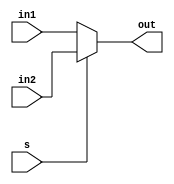
module Mux2x1(out,in1,in2,s) ;

output reg [1:0] out ;
input [1:0] in1,in2 ;
input s ;

always@(in1,in2,s)
begin 
	if(s == 0) 
		out = in1 ;
	else if(s == 1) 
		out = in2 ;
	else 
		out = 2'bxx ;
end

endmodule 

module Or(out,a,b) ;

output out ;
input a,b ;

or(out,a,b) ;

endmodule 

module Xor(out,a,b) ;

output out ;
input a,b ;
wire x,y,z ; 

nand(x,a,b) ;
nand(y,a,x) ;
nand(z,b,x) ;
nand(out,y,z) ;

endmodule 

module PEncoder(out,used,in1,in2,in3,in4) ;

output reg [1:0] out ;
output reg used ;
input in1 ,in2 ,in3 ,in4 ;

initial
begin
	used = 0 ;
end

always @(in1,in2,in3,in4)
begin
	if({in1,in2,in3,in4} != 0) 
		used = 1 ; 
	else 
		used = 0 ;
	if (in1== 1)
		out = 0 ;
	else if(in2 == 1) 
		out = 1 ;
	else if(in3 == 1)
		out = 2 ;
	else if(in4 == 1)
		out = 3 ;
	else 
		out = 2'bxx ;
end

endmodule

module Decoder(o1,o2,o3,o4,in) ;

output reg o1,o2,o3,o4 ;
input [1:0] in ;

always @(in)
begin
	if(in == 0)
	begin 
		o1 = 1 ;
		o2 = 0 ;
		o3 = 0 ;
		o4 = 0 ;
	end 
	if(in == 1)
	begin 
		o1 = 0 ;
		o2 = 1 ;
		o3 = 0 ;
		o4 = 0 ;
	end 
	if(in == 2)
	begin 
		o1 = 0 ;
		o2 = 0 ;
		o3 = 1 ;
		o4 = 0 ;
	end 
	if(in == 3)
	begin 
		o1 = 0 ;
		o2 = 0 ;
		o3 = 0 ;
		o4 = 1 ;
	end 
end

endmodule

module TimerIC(clk,reset,mode,BoardSelect) ;

output reg [1:0] BoardSelect ;
output reg mode ;
input clk ;
input reset ;
reg [5:0] TClock ;

initial 
begin
	TClock = 0 ;
	mode = 1 ;
	BoardSelect = 0 ;
end

always @(posedge clk,reset) 
begin 
	if(reset==1)
		TClock = 0 ;
	if(TClock%32==31)
		BoardSelect = BoardSelect + 1 ;
	if(TClock%16==15)
		mode =~ mode ;
	TClock = TClock + 1 ;
end
endmodule

module Segment7(Out, In);

output reg [13:0] Out;
input [3:0] In;
reg [3:0] temp;

always@(In)
begin
	if(In<10)
	begin
		Out[13:7] = 7'b1111110;
	end
	if(In>=10)
	begin 
		Out[13:7] = 7'b0110000;
	end
end

always@(In)
begin
	if(In>=10)
		temp = In-14'b1010;
	else
		temp = In;
end

always@(temp)
begin
	if(temp == 0)
	begin
		Out[6:0] = 7'b1111110;
	end
	if(temp == 1)
	begin
		Out[6:0] = 7'b0110000;
	end
	if(temp == 2)
	begin
		Out[6:0] = 7'b1101101;
	end
	if(temp == 3)
	begin
		Out[6:0] = 7'b1111001;
	end
	if(temp == 4)
	begin
		Out[6:0] = 7'b0110011;
	end
	if(temp == 5)
	begin
		Out[6:0] = 7'b1011011;
	end
	if(temp == 6)
	begin
		Out[6:0] = 7'b1011111;
	end
	if(temp == 7)
	begin
		Out[6:0] = 7'b1110000;
	end
	if(temp == 8)
	begin
		Out[6:0] = 7'b1111111;
	end
	if(temp == 9)
	begin
		Out[6:0] = 7'b1110011;
	end
end	
endmodule

module LightBoard(enable,mode,mode_out,out) ;

output reg mode_out ;
output reg [4:0] out ;
input enable ;
input mode ;

initial 
begin
	mode_out = 0 ;
end

always@(mode) 
begin
	mode_out = 0 ; 
	if(enable==0)
		out = 5'b10100 ;
	else if(enable == 1 )
	begin
		mode_out = mode ;
		if(mode==1)
			out = 5'b00111 ; 
		else 
			out = 5'b00110 ;
		# 24 ; 
		out[3] = 1 ;  // Red Orange LeftGreen FrontGreen RightGreen
	end
end

endmodule

module TrafficSignal(clk,outF,outR,outB,outL,imgDataOut,display,imgData,active,p,e) ;

output reg [3071:0] imgDataOut ;
output [13:0] display ;
output reg active ;
input clk ;
input [3071:0] imgData ;
input [3:0] p ,e ;


wire [1:0] BoardSelect,lo,lout,eo,eout ;
wire [3:0] o,S,mode_out ;
output [4:0] outF,outL,outR,outB ;
wire mode ;
reg reset ;
reg [3:0] ti ;

TimerIC T(clk,reset,mode,BoardSelect) ; 

PEncoder Load(lo,priority,p[0],p[1],p[2],p[3]) ;      // Mux out , in1 , in2 , s
Mux2x1 Lm(lout,BoardSelect,lo,priority) ;

PEncoder Emer(eo,emergency,e[0],e[1],e[2],e[3]) ;     // out , use , in1 , in2 ,in3 , in4  
Mux2x1 Em(eout,lout,eo,emergency) ;

Decoder D_(o[0],o[1],o[2],o[3],eout) ; 			// out1 , out2 , out3 , out4 , input 

Or o1(S[0],o[0],mode_out[2]) ;   				// out , in1 , in2 
Or o2(S[1],o[1],mode_out[3]) ; 
Or o3(S[2],o[2],mode_out[0]) ;
Or o4(S[3],o[3],mode_out[1]) ;

LightBoard B(S[0],mode,mode_out[0],outB) ; 		// enable , mode , mode_out , out 
LightBoard L(S[1],mode,mode_out[1],outL) ; 
LightBoard F(S[2],mode,mode_out[2],outF) ; 
LightBoard R(S[3],mode,mode_out[3],outR) ; 

Segment7 disp(display,ti) ;

always@(mode,priority,emergency)
begin
	if(priority==1'b1||emergency==1'b1)
	begin
		ti = 0 ;
		reset = 1 ;
	end
	else
	begin
		reset = 0 ;
		for(ti=15;ti>=0;ti=ti-1)
			#2 ;
	end
end

initial
begin
	reset = 0 ;
	active = 0 ;
end

always@(imgData)
begin
	imgDataOut = imgData ;
	active = 1 ; #1 ;
	active = 0 ; 
end

endmodule 

module TrafficSystem(clk,imgDataIn1 ,imgDataIn2 ,imgDataIn3 ,imgDataIn4 ,imgDataIn5,signal,algo,ans) ;

input clk ;
input [3071:0] imgDataIn1 ,imgDataIn2 ,imgDataIn3 ,imgDataIn4 ,imgDataIn5   ;
input [4:0] signal ;
input [2:0] algo ;
output reg [14:0] ans ;

integer mainClock ;

integer i ;
integer j ;
integer pix ;

reg [18:0] TimeCrossed [4:0][1023:0] ;
reg [14:0] Violations [1023:0] ; 
reg [14:0] RAM [4:0][1023:0] ;
reg [1023:0] imgData ;
reg [1:0] p ;
reg crossed ;

integer ramCounter [4:0] ;
integer Density [4:0] ;
integer simSI [25:0] ;
integer FViolation ;
integer FDensity ;
integer vCounter ;
integer pTime ;
integer board ;
integer diff ;
integer maxi ;
integer Fin_ ;
integer Fin ;
integer max ;

reg [1023:0] similarXor [260:0] ;
reg [1023:0] SampleSI [25:0] ; 
reg [1023:0] Sample [260:0] ;
reg [11:0] similar [260:0] ;
reg [127:0] sector [3:0] ;
reg [127:0] sec [3:0] ;
reg [1023:0] maXor ;

always@(posedge clk)
begin
	mainClock = mainClock + 1 ;
	if(mainClock%86400==0)
		$fwrite(FDensity,"%d %d %d %d %d",Density[0],Density[1],Density[2],Density[3],Density[4]) ;
end

initial 
begin 
	FViolation = $fopen("Violations.txt","w") ;
	FDensity = $fopen("Density.txt","w") ;
	mainClock = 0 ;
	pTime = 0 ;
	vCounter = 0 ;
	ans = 0 ;
	p = 0 ;
	for(i=0;i<5;i=i+1)
		ramCounter[i] = 0 ;
	Fin = $fopen("Samples/pixelArrayInputFile.txt","r") ;
	if (Fin==0)
	begin
    		$display("data_file handle was NULL");
    		$finish;
	end
	for(i=0;i<260;i=i+1)
	begin 
		Fin_ = $fscanf(Fin,"%b",Sample[i]) ;
	end
	for(i=0;i<26;i=i+1)
		SampleSI[i] = 0 ;
	for(i=0;i<26;i=i+1)
		for(j=0;j<10;j=j+1)
		begin
			for(pix=0;pix<1024;pix=pix+1)
				if(Sample[i*10+j][pix]==1)
					SampleSI[i][pix] = 1 ;
		end
end

always@(imgDataIn1 ,imgDataIn2 ,imgDataIn3 ,imgDataIn4 ,imgDataIn5) 
begin 
	if(signal==5'b10000)
	begin
		board = 4 ;
		#1 ; p = 1 ; imgData = imgDataIn5[3071:2048] ; 
		#1 ; p = 2 ; imgData = imgDataIn5[2047:1024] ;
		#1 ; p = 3 ; imgData = imgDataIn5[1023:0] ;
	end
	if(signal==5'b01000)
	begin
		board = 3 ;
		#1 ; p = 1 ; imgData = imgDataIn4[3071:2048] ;
		#1 ; p = 2 ; imgData = imgDataIn4[2047:1024] ; 
		#1 ; p = 3 ; imgData = imgDataIn4[1023:0] ;
	end
	if(signal==5'b00100)
	begin
		board = 2 ;
		#1 ; p = 1 ; imgData = imgDataIn3[3071:2048] ; 
		#1 ; p = 2 ; imgData = imgDataIn3[2047:1024] ; 
		#1 ; p = 3 ; imgData = imgDataIn3[1023:0] ;
	end
	if(signal==5'b00010)
	begin
		board = 1 ;
		#1 ; p = 1 ; imgData = imgDataIn2[3071:2048] ; 
		#1 ; p = 2 ; imgData = imgDataIn2[2047:1024] ; 
		#1 ; p = 3 ; imgData = imgDataIn2[1023:0] ;
	end
	if(signal==5'b00001)
	begin
		board = 0 ;
		#1 ; p = 1 ; imgData = imgDataIn1[3071:2048] ; 
		#1 ; p = 2 ; imgData = imgDataIn1[2047:1024] ; 
		#1 ; p = 3 ; imgData = imgDataIn1[1023:0] ;
	end
end

// Changes Made After Evaluation

// Added 5 More Recognition Algorithms 
// Cases 1-5 are the said Algorithms
// They can be selected as per user need 
// using select line algo 

always@(p)
begin
	crossed = 0 ;
	for(i=0;i<260;i=i+1)
	begin
		similar[i] = 0 ;
		similarXor[i] = 0 ;
	end
	case(algo)
	3'b000 :
		begin
		for(i=0;i<260;i=i+1)
			for(j=0;j<1024;j=j+1)
			begin
				if(Sample[i][j] == imgData[j])
					similar[i] = similar[i] + 1 ;
			end
		max = 0 ;
		maxi = 0 ;
		for(i=0;i<260;i=i+1)
			if(similar[i]>max)
			begin 
				max = similar[i] ;
				maxi = i ;
			end
		if(p==1)
			ans[4:0] = maxi/10 + 1 ;
		else if(p==2)
			ans[9:5] = maxi/10 + 1 ;
		else if(p==3) 
			ans[14:10] = maxi/10 + 1 ;
		end
	3'b001 :
		begin
			sec[0] = 0 ;
			sec[1] = 0 ; 
			sec[2] = 0 ;
			sec[3] = 0 ;
			sector[3] = imgData[895:768] ;
			sector[2] = imgData[639:512] ;
			sector[1] = imgData[381:256] ;
			sector[0] = imgData[127:0] ;
			for(i=0;i<260;i=i+1)
			begin
				for(j=0;j<128;j=j+1)
				begin
					if(Sample[i][j] == sector[0][j])
						sec[0] = sec[0] + 1 ;
					if(Sample[i][j+256] == sector[1][j])
						sec[1] = sec[1] + 1 ;
					if(Sample[i][j+512] == sector[2][j])
						sec[2] = sec[2] + 1 ;
					if(Sample[i][j+768] == sector[3][j])
						sec[3] = sec[3] + 1 ;
				end
				similar[i] = sec[0]+sec[1]+sec[2]+sec[3] ;
			end
			max = 0 ;
			maxi = 0 ;
			for(i=0;i<260;i=i+1)
				if(similar[i]>max)
				begin 
					max = similar[i] ;
					maxi = i ;
				end
			if(p==1)
				ans[4:0] = maxi ;
			else if(p==2)
				ans[9:5] = maxi ;
			else if(p==3) 
				ans[14:10] = maxi ;
		end
	3'b010 :
		begin
		for(i=0;i<26;i=i+1)
			for(j=0;j<1024;j=j+1)
			begin
				if(SampleSI[i][j] == imgData[j])
					similar[i] = similar[i] + 1 ;
			end
		max = 0 ;
		maxi = 0 ;
		for(i=0;i<26;i=i+1)
			if(similar[i]>max)
			begin 
				max = similar[i] ;
				maxi = i ;
			end
		if(p==1)
			ans[4:0] = maxi ;
		else if(p==2)
			ans[9:5] = maxi ;
		else if(p==3) 
			ans[14:10] = maxi ;
		end
	3'b011 :
		begin
			for(i=0;i<260;i=i+1)
			begin
				similarXor[i] = imgData^Sample[i] ;
				similarXor[i] = ~similarXor[i] ;
			end
			maXor = 0 ;
			maxi = 0 ;
			for(i=0;i<260;i=i+1)
				if(similar[i]>maXor)
				begin 
					maXor = similar[i] ;
					maxi = i ;
				end
			if(p==1)
				ans[4:0] = maxi/10 + 1 ;
			else if(p==2)
				ans[9:5] = maxi/10 + 1 ;
			else if(p==3) 
				ans[14:10] = maxi/10 + 1 ;
		end
	3'b100 :
		begin
			sec[0] = 0 ;
			sec[1] = 0 ; 
			sec[2] = 0 ;
			sec[3] = 0 ;
			sector[3] = imgData[895:768] ;
			sector[2] = imgData[639:512] ;
			sector[1] = imgData[381:256] ;
			sector[0] = imgData[127:0] ;
			for(i=0;i<260;i=i+1)
			begin
				sec[0] = Sample[i][127:0]^sector[0] ;
				sec[0] = ~sec[0] ;
				sec[1] = Sample[i][381:256]^sector[1] ;
				sec[1] = ~sec[1] ;
				sec[2] = Sample[i][639:512]^sector[2] ;
				sec[2] = ~sec[2] ;
				sec[3] = Sample[i][895:768]^sector[3] ;
				sec[3] = ~sec[3] ;
				similar[i] = sec[0]+sec[1]+sec[2]+sec[3] ;
			end
			max = 0 ;
			maxi = 0 ;
			for(i=0;i<260;i=i+1)
				if(similar[i]>max)
				begin 
					max = similar[i] ;
					maxi = i ;
				end
			if(p==1)
				ans[4:0] = maxi ;
			else if(p==2)
				ans[9:5] = maxi ;
			else if(p==3) 
				ans[14:10] = maxi ;
		end
	3'b101 :
		begin
			for(i=0;i<26;i=i+1)
			begin
				similarXor[i] = imgData^SampleSI[i] ;
				similarXor[i] = ~similarXor[i] ;
			end
			maXor = 0 ;
			maxi = 0 ;
			for(i=0;i<26;i=i+1)
				if(similar[i]>maXor)
				begin 
					maXor = similar[i] ;
					maxi = i ;
				end
			if(p==1) 
				ans[4:0] = maxi ;
			else if(p==2)
				ans[9:5] = maxi ;
			else if(p==3) 
				ans[14:10] = maxi ;
		end
	endcase 
	if(ramCounter[board]==1023)
	begin
		for(i=0;i<1024;i=i+1)
			RAM[board][i] = 0 ;
		ramCounter[board] = 0 ;
	end
	if(p==3)
	begin
		RAM[board][ramCounter[board]] = ans ;
		TimeCrossed[board][ramCounter[board]] = mainClock ;
		ramCounter[board] = ramCounter[board]+1 ;
		Density[board] = Density[board] + 1;
		for(i=0;i<5;i=i+1)
			if(i!=board)
			begin 
				for(j=0;j<=ramCounter[i];j=j+1)
				if(ans == RAM[i][j])
				begin
					crossed = 1 ;
					pTime = TimeCrossed[i][j] ;
					RAM[i][j] = 0 ;
				end
			end
		if(crossed==1)
		begin 
			diff = mainClock-pTime ;
			if(diff<50)
			begin
				if(vCounter==1023)
				begin 
					for(i=0;i<1024;i=i+1)
					begin
						$fwrite(FViolation,"%b",Violations[i]) ;
						Violations[i] = 0 ;
					end 
					vCounter = 0 ;
				end
				Violations[vCounter] = ans ;
				vCounter = vCounter + 1 ;
			end
		end
	end 
end

endmodule